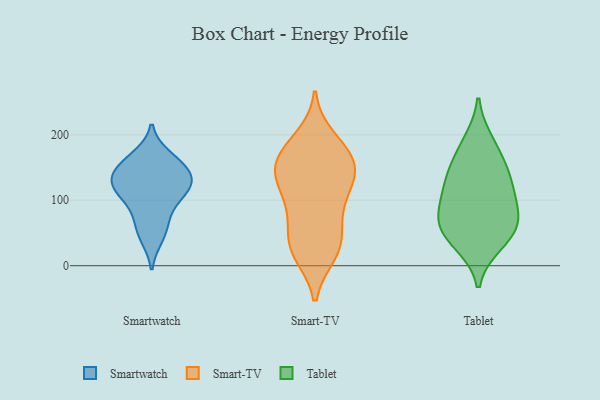
{"axis": {"x": "Customer Acquisition Cost (USD)", "y": "Value"}, "legend": ["Smart-TV", "Smartwatch", "Tablet"], "data": [{"x": "", "y": 123, "type": "Smartwatch"}, {"x": "", "y": 122, "type": "Smartwatch"}, {"x": "", "y": 156, "type": "Smartwatch"}, {"x": "", "y": 82, "type": "Smartwatch"}, {"x": "", "y": 166, "type": "Smartwatch"}, {"x": "", "y": 144, "type": "Smartwatch"}, {"x": "", "y": 104, "type": "Smartwatch"}, {"x": "", "y": 123, "type": "Smartwatch"}, {"x": "", "y": 58, "type": "Smartwatch"}, {"x": "", "y": 151, "type": "Smartwatch"}, {"x": "", "y": 44, "type": "Smartwatch"}, {"x": "", "y": 123, "type": "Smartwatch"}, {"x": "", "y": 183, "type": "Smart-TV"}, {"x": "", "y": 74, "type": "Smart-TV"}, {"x": "", "y": 131, "type": "Smart-TV"}, {"x": "", "y": 46, "type": "Smart-TV"}, {"x": "", "y": 38, "type": "Smart-TV"}, {"x": "", "y": 142, "type": "Smart-TV"}, {"x": "", "y": 18, "type": "Smart-TV"}, {"x": "", "y": 149, "type": "Smart-TV"}, {"x": "", "y": 91, "type": "Smart-TV"}, {"x": "", "y": 128, "type": "Smart-TV"}, {"x": "", "y": 195, "type": "Smart-TV"}, {"x": "", "y": 171, "type": "Smart-TV"}, {"x": "", "y": 95, "type": "Smart-TV"}, {"x": "", "y": 167, "type": "Smart-TV"}, {"x": "", "y": 157, "type": "Smart-TV"}, {"x": "", "y": 133, "type": "Smart-TV"}, {"x": "", "y": 21, "type": "Smart-TV"}, {"x": "", "y": 23, "type": "Smart-TV"}, {"x": "", "y": 44, "type": "Tablet"}, {"x": "", "y": 71, "type": "Tablet"}, {"x": "", "y": 91, "type": "Tablet"}, {"x": "", "y": 58, "type": "Tablet"}, {"x": "", "y": 121, "type": "Tablet"}, {"x": "", "y": 34, "type": "Tablet"}, {"x": "", "y": 138, "type": "Tablet"}, {"x": "", "y": 167, "type": "Tablet"}, {"x": "", "y": 189, "type": "Tablet"}, {"x": "", "y": 74, "type": "Tablet"}, {"x": "", "y": 126, "type": "Tablet"}]}